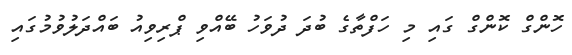
ހޮންގް ކޮންގް ގައި މި ހަފްތާގެ ބުދަ ދުވަހު ބޭއްވި ޕްރިވިއު ބައްދަލުވުމުގައި